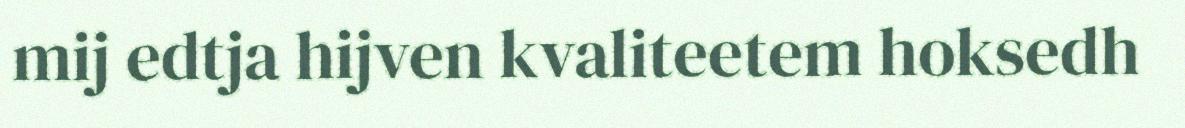
mij edtja hijven kvaliteetem hoksedh